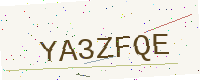
Text: YA3ZFQE